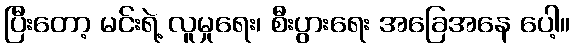
ပြီးတော့ မင်းရဲ့ လူမှုရေး၊ စီးပွားရေး အခြေအနေ ပေါ့။